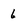
Character: 6